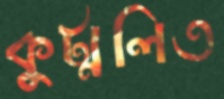
কুট্মলিত